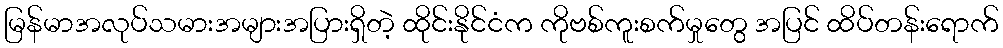
မြန်မာအလုပ်သမားအများအပြားရှိတဲ့ ထိုင်းနိုင်ငံက ကိုဗစ်ကူးစက်မှုတွေ အပြင် ထိပ်တန်းရောက်